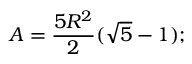
A = { \frac { 5 R ^ { 2 } } { 2 } } ( { \sqrt { 5 } } - 1 ) ;